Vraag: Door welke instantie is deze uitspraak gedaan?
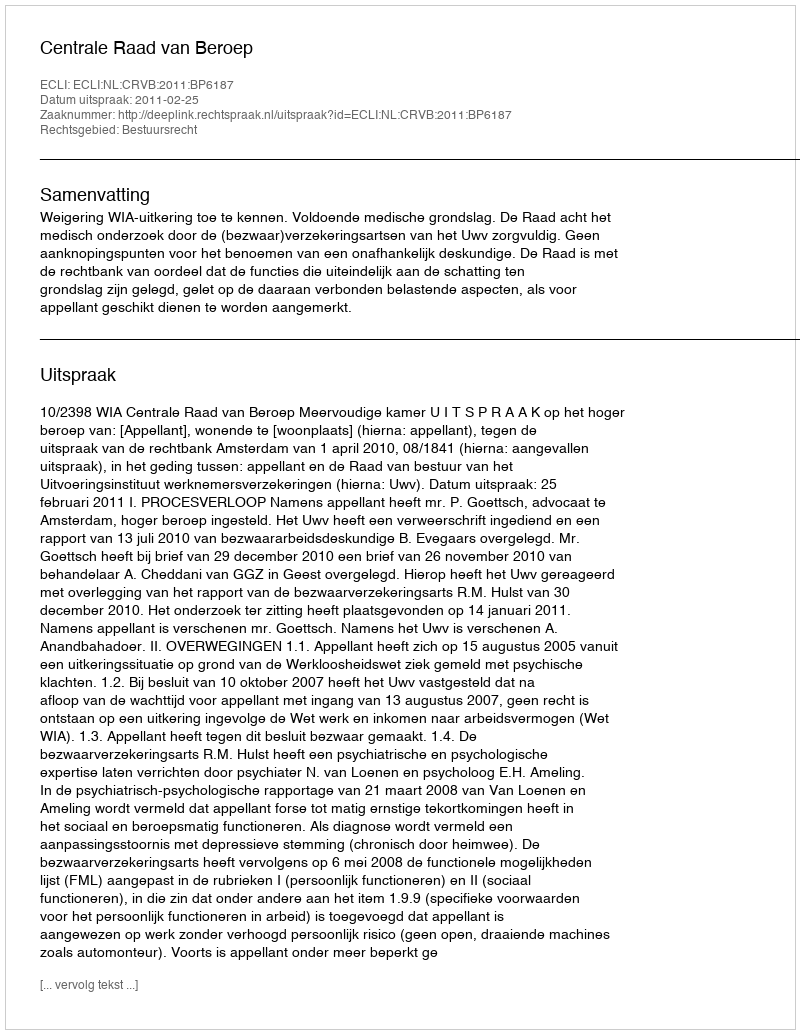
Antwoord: Centrale Raad van Beroep